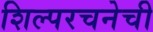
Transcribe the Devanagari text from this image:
शिल्परचनेची